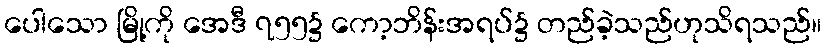
ပေါသော မြို့ကို အေဒီ ၇၅၅၌ ကော့ဘိန်းအရပ်၌ တည်ခဲ့သည်ဟုသိရသည်။